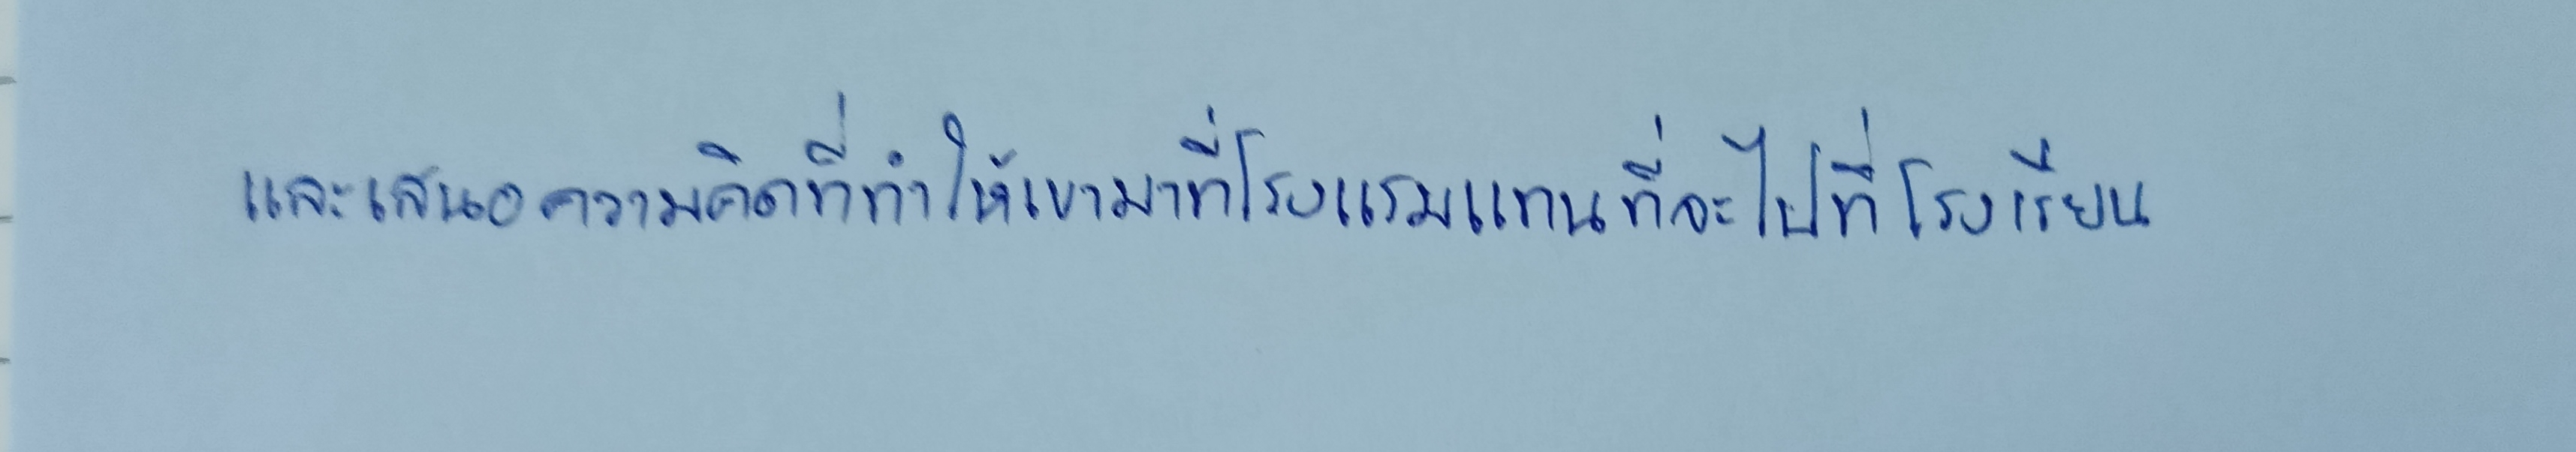
และเสนอความคิดที่ทำให้เขามาที่โรงแรมแทนที่จะไปที่โรงเรียน